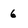
Character: 6